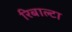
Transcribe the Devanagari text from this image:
रिबाल्टा